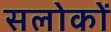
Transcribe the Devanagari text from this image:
सलोकों